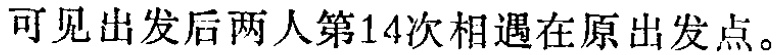
可见出发后两人第14次相遇在原出发点。